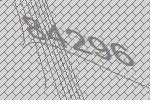
84296